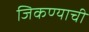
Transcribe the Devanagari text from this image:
जिकण्याची